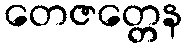
တေဇတ္တေန